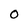
Character: 0